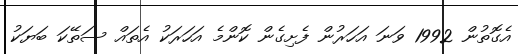
އެގޮތުން 1992 ވަނަ އަހަރުން ފެށިގެން ކޮންމެ އަހަރަކު އެތައް ސަތޭކަ ބަޔަކު